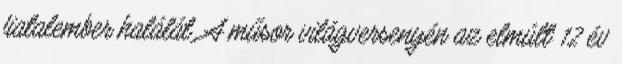
fiatalember halálát. A műsor világversenyén az elmúlt 12 év